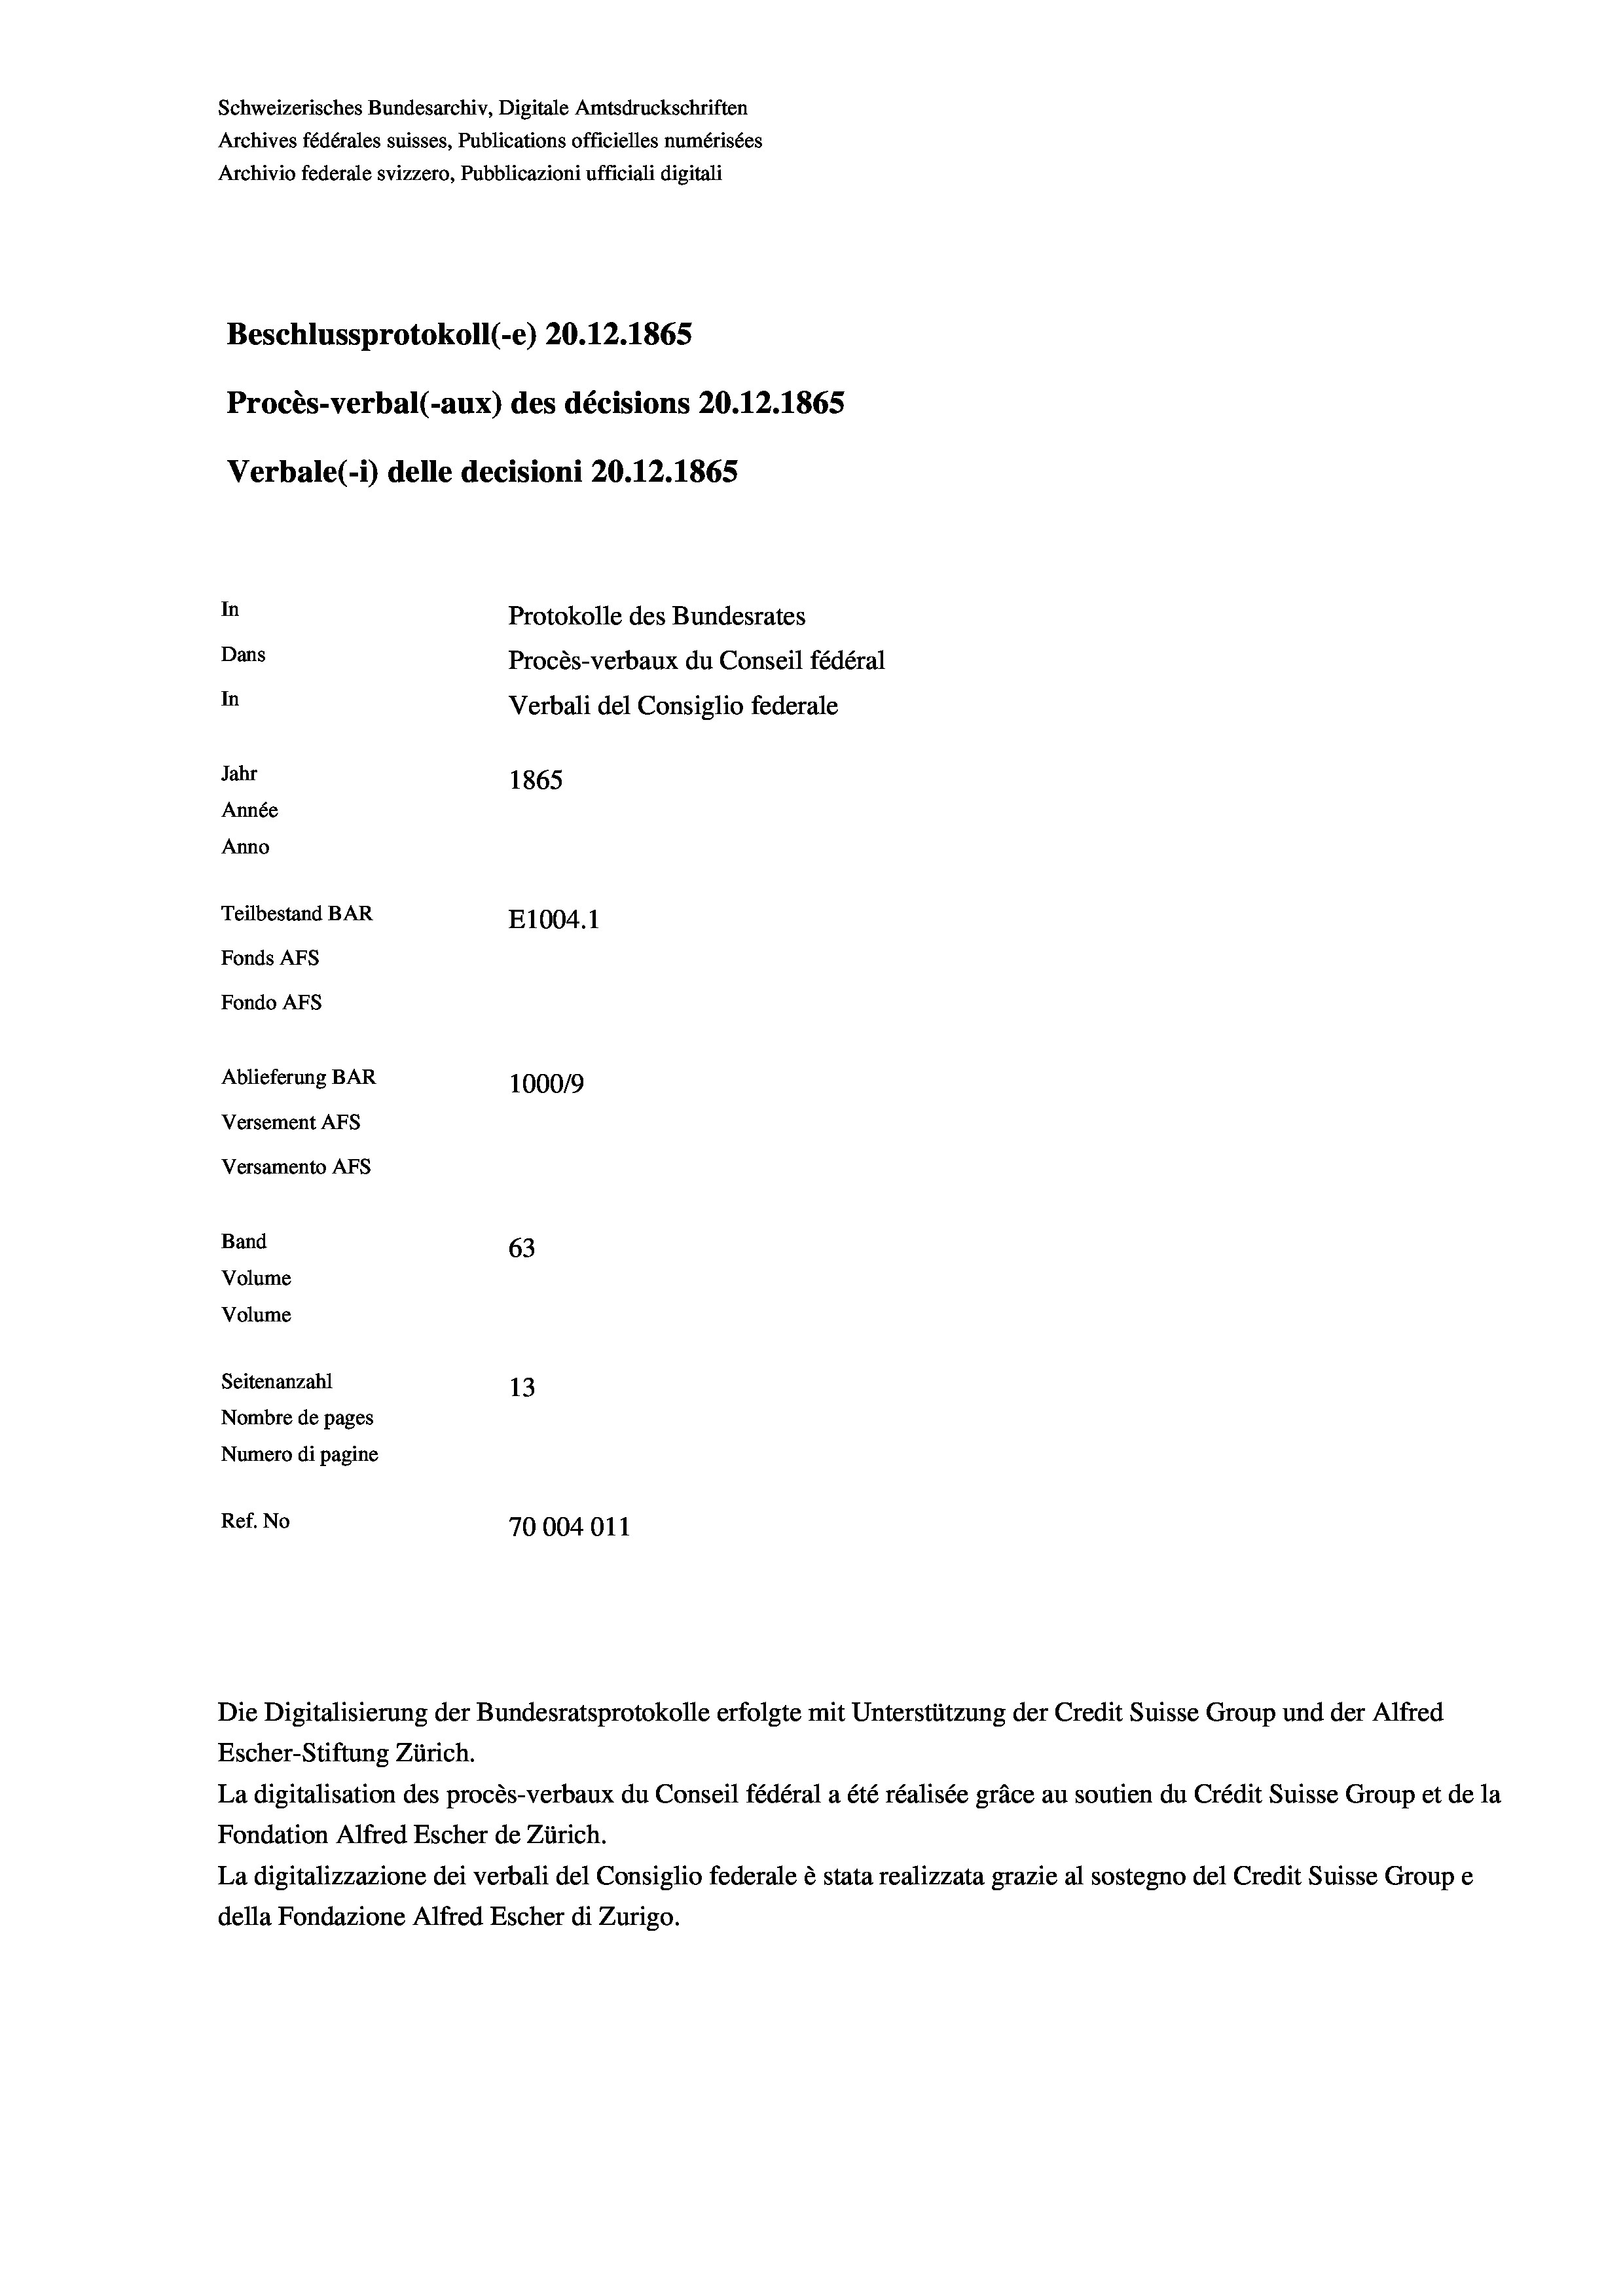
Schweizerisches Bundesarchiv, Digitale Amtsdruckschriften
Archives fédérales suisses, Publications officielles numérisées
Archivio federale svizzero, Pubblicazioni ufficiali digitali
Beschlussprotokoll (-e) 20.12.1865
Procès-verbal (-aux) des décisions 20.12.1865
Verbale (- 1) delle decisioni 20.12.1865

In
Protokolle des Bundesrates
Dans
In
Jahr
1865
Année
Anno
Teilbestand BAR
E1004. 1
Fondo AFs
Ablieferung BAR
100019
Versement Abs
Versamento Afs
Band
63
Volume
Volume
Seitenanzahl
13

Fonds AFs

Nombre de pages
Numero di pagine
Ref. No
70004011

Procès-verbaux du Conseil fédéral
Verbali del Consiglio federale

Escher-Stiftung Zürich.
La digitalisation des procès-verbaux du Conseil fédéral a été réalisée gräce au soutien du Crédit Suisse Group et de la
Fondation Alfred Escher de Zürich.
La digitalizzazione dei verbali del Consiglio federale è stata realizzata grazie al sostegno del Credit Suisse Groupe
della Fondazione Alfred Escher di Zurigo.

Die Digitalisierung der Bundesratsprotokolle erfolgte mit Unterstützung der Credit Suisse Group und der Alfred